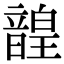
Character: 韹